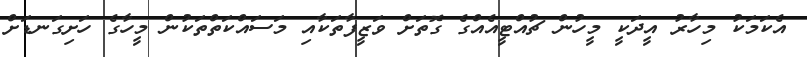
އެކަމަކު މިހާރު އީދަކީ މީހުން ޗުއްޓީއެއްގެ ގޮތަށް ވަޒީފާތަކާއި މަސައްކަތްތަކުން މީހާގެ ހަށިގަނޑަށް